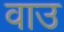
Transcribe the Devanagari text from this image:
वाउ